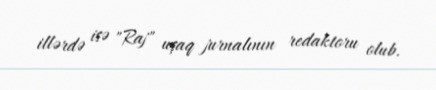
illərdə isə "Raj" uşaq jurnalının redaktoru olub.